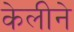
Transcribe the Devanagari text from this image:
केलीने